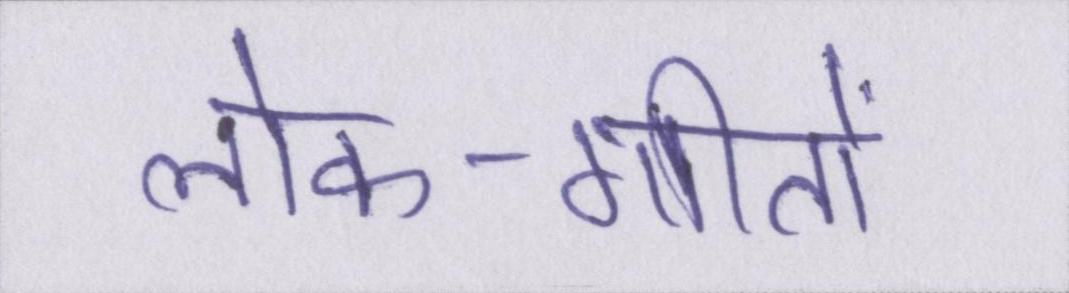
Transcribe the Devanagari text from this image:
लोक-गीतों